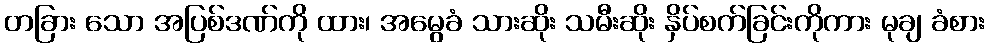
တခြား သော အပြစ်ဒဏ်ကို ထား၊ အမွေခံ သားဆိုး သမီးဆိုး နှိပ်စက်ခြင်းကိုကား မုချ ခံစား